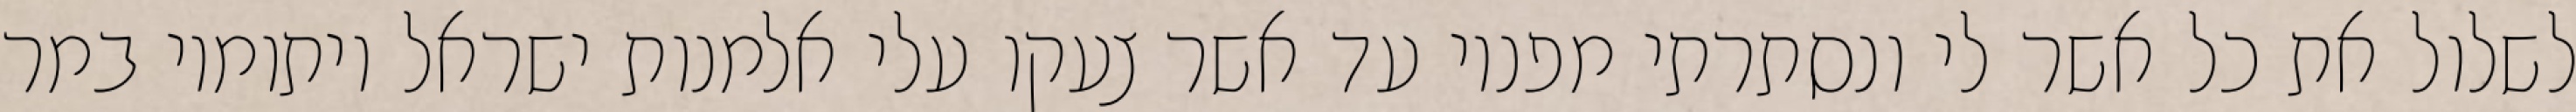
לשלול את כל אשר לי ונסתרתי מפניו עד אשר צעקו עלי אלמנות ישראל ויתומיו במר